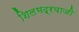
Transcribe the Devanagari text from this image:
शिलभद्रयाजी